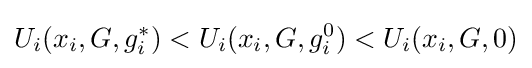
U_{i}(x_{i},G,g_{i}^{*})<U_{i}(x_{i},G,g_{i}^{0})<U_{i}(x_{i},G,0)